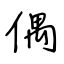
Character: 偶